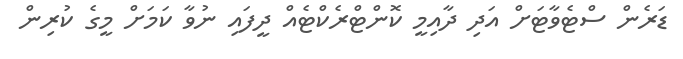
ޑަރެން ސްޓެވާޓަށް އަދި ދާއިމީ ކޮންޓްރެކްޓެއް ދީފައި ނުވާ ކަމަށް މީގެ ކުރިން